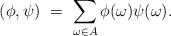
LaTeX: \begin{align*}(\phi, \psi) \,\,=\,\,\sum_{\omega\in A} \phi(\omega) \psi(\omega). \end{align*}